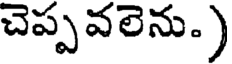
చెప్ప వలెను.)